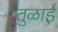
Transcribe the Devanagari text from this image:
तुळाई